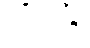
တကွ